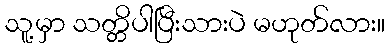
သူ့မှာ သတ္တိပါပြီးသားပဲ မဟုတ်လား။